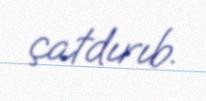
çatdırıb.